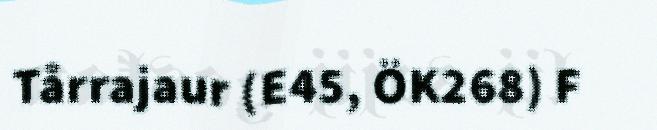
Tårrajaur (E45, ÖK268) F